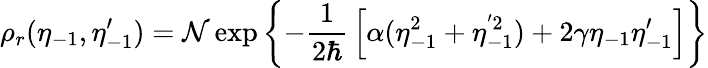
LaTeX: \rho_{r}(\eta_{-1},\eta_{-1}^{\prime})={\cal N}\exp\left\{ -{\frac{1}{2\hbar}}\left[\alpha(\eta_{-1}^{2}+\eta_{-1}^{'2})+2\gamma\eta_{-1}\eta_{-1}^{\prime}\right]\right\}